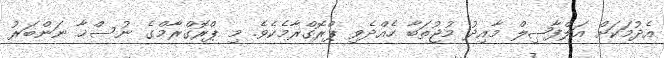
އެދުމަކަށް އަލްފާޟިލް މާއިދު މުޖުތަބާ ހެއްދެވި ޕްރޮގްރާމެކެވެ. މި ޕްރޮގްރާމްގެ ނުސްޚާ ނަންބަރު